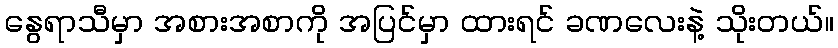
နွေရာသီမှာ အစားအစာကို အပြင်မှာ ထားရင် ခဏလေးနဲ့ သိုးတယ်။